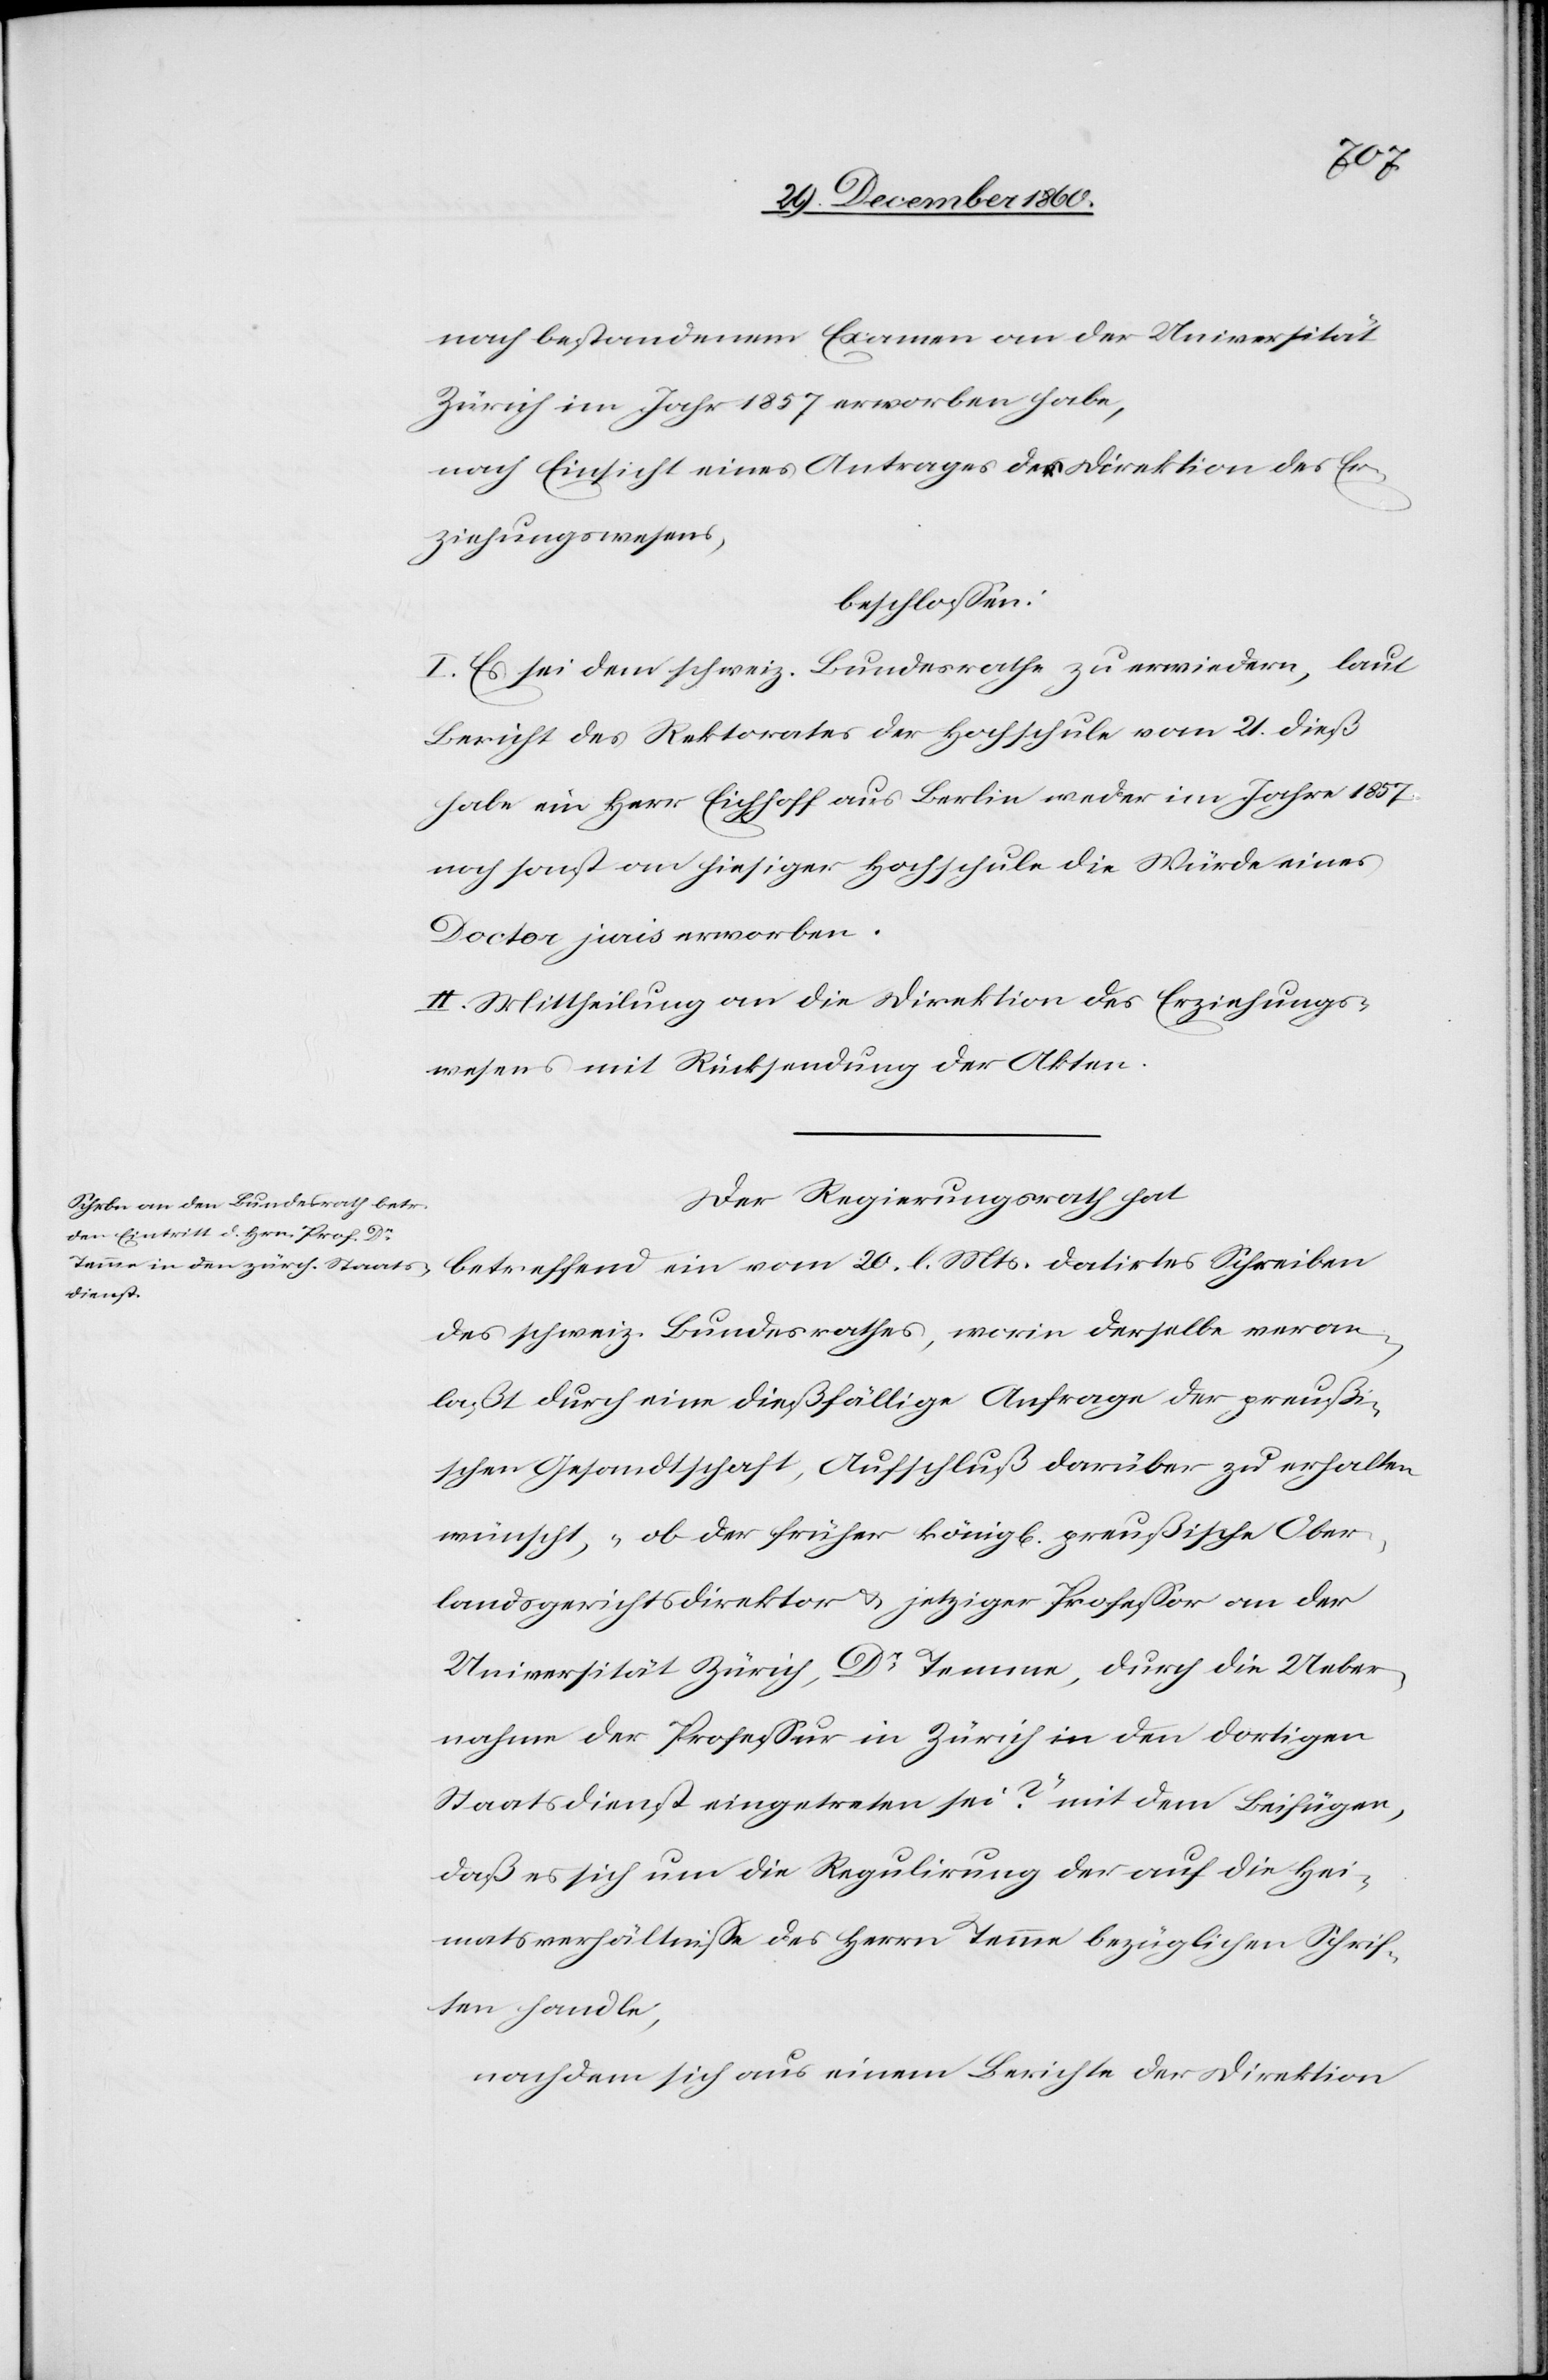
nach bestandenem Examen an der Universität
Zürich im Jahr 1857 erworben habe,
nach Einsicht eines Antrages der Direktion des Er¬
ziehungswesens,
beschlossen:
I. Es sei dem schweiz, Bundesrathe zu erwiedern, laut
Bericht des Rektorates der Hochschule vom 21. dieß
habe ein Herr Eichhoff aus Berlin weder im Jahre 1857
noch sonst an hiesiger Hochschule die Würde eines
Doctor juris erworben.
II. Mittheilung an die Direktion des Erziehungs¬
wesens mit Rücksendung der Akten.
Der Regierungsrath hat
betreffend ein vom 20. l. Mts. datirtes Schreiben
des schweiz. Bundesrathes, worin derselbe veran¬
laßt durch eine dießfällige Anfrage der preußi¬
schen Gesandtschaft, Aufschluß darüber zu erhalten
wünscht, „ob der früher könig[lich] preußische Ober¬
landsgerichtsdirektor u. jetziger Professor an der
Universität Zürich, Dr Temme, durch die Ueber¬
nahme der Professur in Zürich in den dortigen
Staatsdienst eingetreten sei?“ mit dem Beifügen,
daß es sich um die Regulirung der auf die Hei¬
matsverhältnisse des Herrn Temme bezüglichen Schrif¬
ten handle,
nachdem sich aus einem Berichte der Direktion